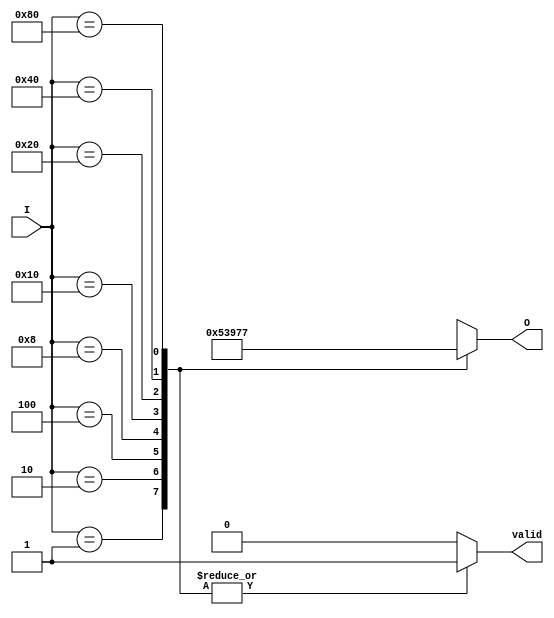
module octal_to_binary_encoder (
    input wire [7:0] I,        // 8 input lines (I0 to I7)
    output reg [2:0] O,        // 3-bit binary output (O2, O1, O0)
    output reg valid           // Valid output indicator
);

    always @(*) begin
        // Default output values for invalid state
        O = 3'bxxx; // invalid state representation
        valid = 0;  // assume invalid by default

        // Check for valid inputs
        case (I)
            8'b00000001: begin O = 3'b000; valid = 1; end // I0
            8'b00000010: begin O = 3'b001; valid = 1; end // I1
            8'b00000100: begin O = 3'b010; valid = 1; end // I2
            8'b00001000: begin O = 3'b011; valid = 1; end // I3
            8'b00010000: begin O = 3'b100; valid = 1; end // I4
            8'b00100000: begin O = 3'b101; valid = 1; end // I5
            8'b01000000: begin O = 3'b110; valid = 1; end // I6
            8'b10000000: begin O = 3'b111; valid = 1; end // I7
            default: begin
                // Check for multiple inputs high
                if (|I[7:0] && $countones(I) > 1) begin
                    O = 3'bxxx; // Still represent invalid state
                    valid = 0;  // Invalid if multiple inputs are high
                end
            end
        endcase
    end

    // Function to count number of active high inputs
    function integer $countones;
        input [7:0] value;
        integer i;
        begin
            $countones = 0;
            for (i = 0; i < 8; i = i + 1) begin
                if (value[i])
                    $countones = $countones + 1;
            end
        end
    endfunction

endmodule